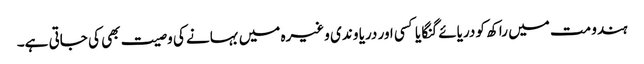
ہندو مت میں راکھ کو دریائے گنگا یا کسی اور دریا و ندی وغیرہ میں بہانے کی وصیت بھی کی جاتی ہے۔